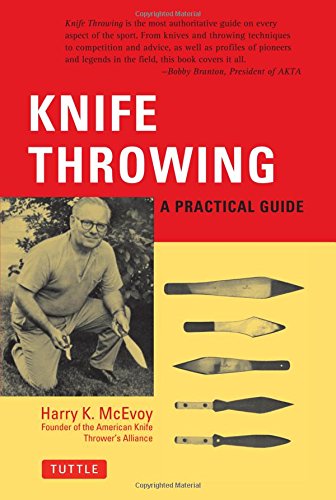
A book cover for Knife Throwing: A Practical Guide; Harry K. McEvoy; Sports & Outdoors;